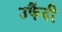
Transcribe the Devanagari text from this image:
उफैंदी